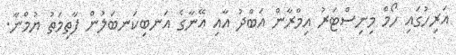
އަރިހުގައި ހޯމް މިނިސްޓަރު އިމްރާން އަބްދު އާއި އޭނާގެ އަނބިކަނބަލުން ފާތިމަތު ޔުމްނާ.